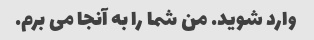
وارد شوید. من شما را به آنجا می برم.